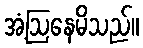
အံ့ဩနေမိသည်။